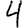
Digit: 4